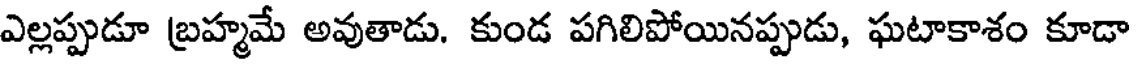
ఎల్లప్పుడూ బ్రహ్మమే అవుతాడు. కుండ పగిలిపోయినప్పుడు, ఘటాకాశం కూడా